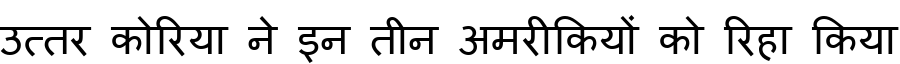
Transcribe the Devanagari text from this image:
उत्तर कोरिया ने इन तीन अमरीकियों को रिहा किया